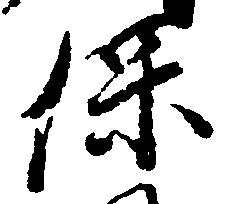
保